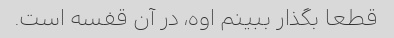
قطعا بگذار ببینم اوه، در آن قفسه است.